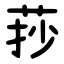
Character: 莏